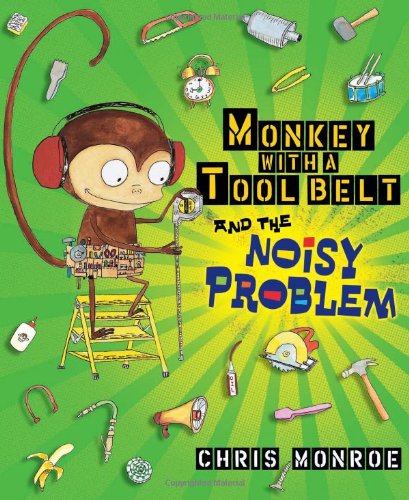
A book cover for Monkey with a Tool Belt and the Noisy Problem; Chris Monroe; Children's Books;